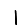
Digit: 1